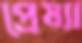
প্রেষ্যা